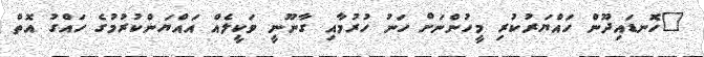
"ހޮނޑައިދޫން ހައްޔަރުކުރި މީހުންނަށް ހަނު ހުރުމާއި ގާނޫނީ ވަކީލެއް އައްޔަންކުރުމުގެ ހައްގު އޮތް